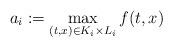
LaTeX: \begin{align*} a_i:=\max_{(t ,x )\in K_i\times L_i}f(t ,x )\end{align*}